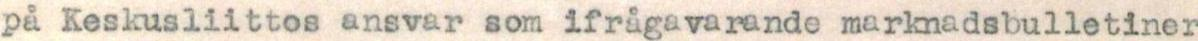
på Keskusliittos ansvar som ifrågavarande markmadsbulletiner